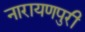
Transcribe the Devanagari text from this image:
नारायणपुरी